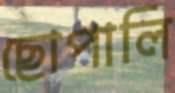
ছোপালি